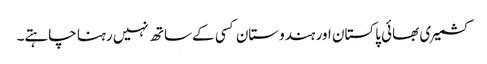
کشمیری بھائی پاکستان اور ہندوستان کسی کے ساتھ نہیں رہنا چاہتے۔